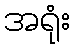
အရုံး